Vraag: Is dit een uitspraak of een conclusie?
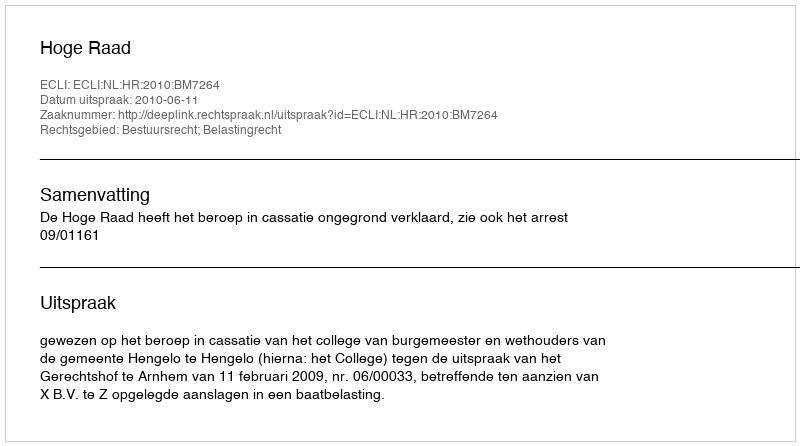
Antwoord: Uitspraak